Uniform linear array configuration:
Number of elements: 64
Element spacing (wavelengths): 0.5
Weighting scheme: hann
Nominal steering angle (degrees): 60
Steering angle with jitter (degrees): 61.724
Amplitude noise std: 0.05
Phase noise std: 0.05

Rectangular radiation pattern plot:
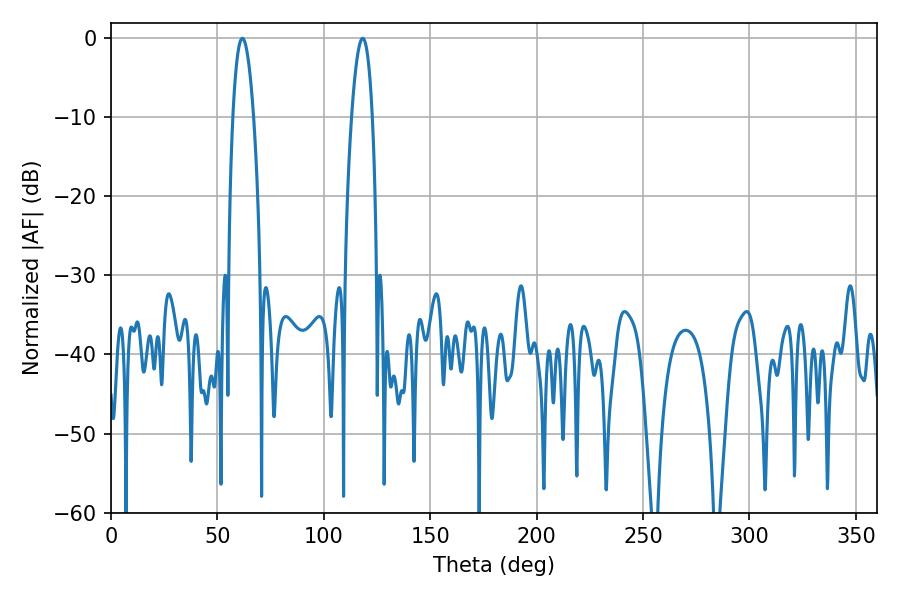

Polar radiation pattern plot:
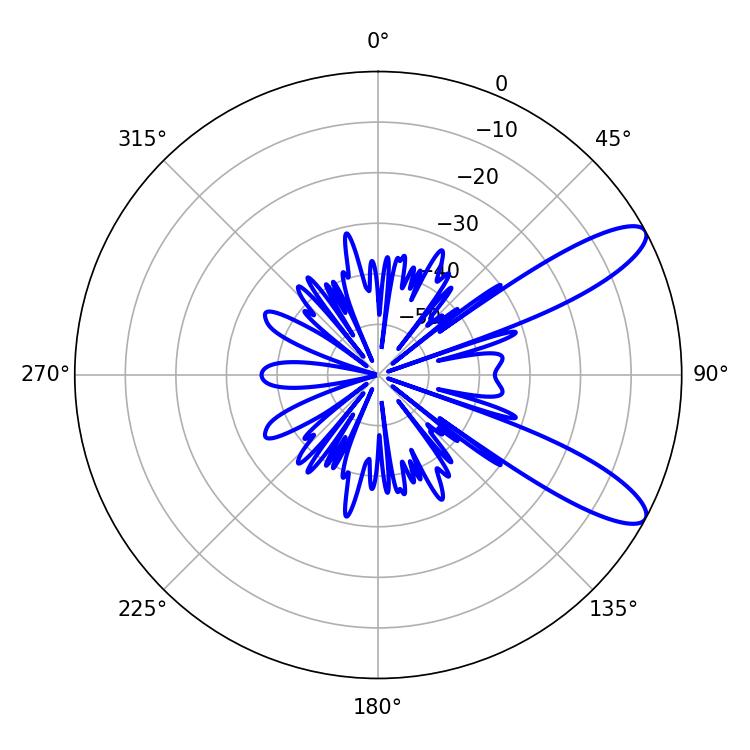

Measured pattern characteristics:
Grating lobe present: FALSE
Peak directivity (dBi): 10.487
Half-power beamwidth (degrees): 5.4
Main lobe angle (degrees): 61.74